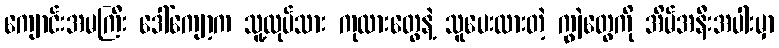
ကျောင်းအမကြီး ဒေါ်ကျော့က သူ့လုပ်သား ကုလားတွေနဲ့ သူပေးထားတဲ့ ကျွဲတွေကို အိမ်အနီးအပါးမှာ